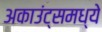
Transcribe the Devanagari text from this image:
अकाउंट्समध्ये